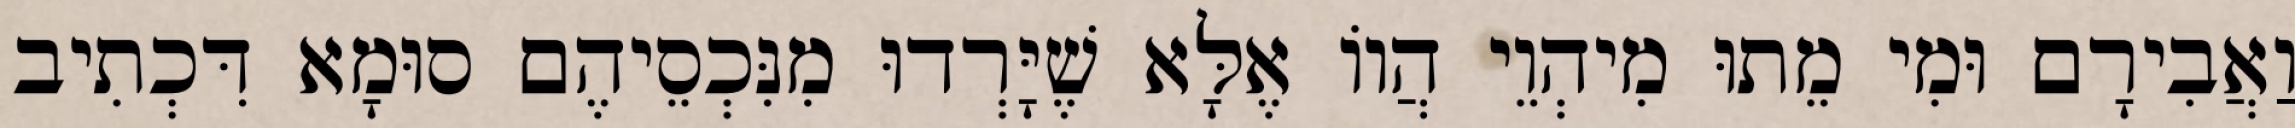
וַאֲבִירָם וּמִי מֵתוּ מִיהְוֵי הֲווֹ אֶלָּא שֶׁיָּרְדוּ מִנִּכְסֵיהֶם סוּמָא דִּכְתִיב